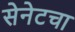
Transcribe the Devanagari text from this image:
सेनेटचा